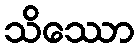
သိဿော